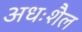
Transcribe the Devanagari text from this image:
अधःशैल